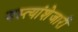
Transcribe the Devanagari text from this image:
वस्त्यांशेजारी